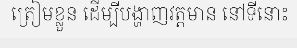
ត្រៀមខ្លួន ដើម្បីបង្ហាញវត្តមាន នៅទីនោះ